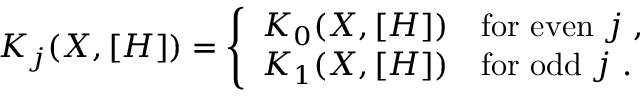
K _ { j } ( X , [ H ] ) = \left\{ \begin{array} { r l } { { K _ { 0 } ( X , [ H ] ) } } & { { \mathrm { f o r ~ e v e n ~ } j \ , } } \\ { { K _ { 1 } ( X , [ H ] ) } } & { { \mathrm { f o r ~ o d d ~ } j \ . } } \end{array} \right.